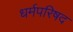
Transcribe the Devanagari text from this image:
धर्मपरिषद